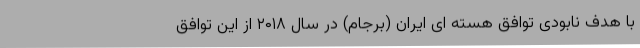
با هدف نابودی توافق هسته ای ایران (برجام) در سال ۲۰۱۸ از این توافق